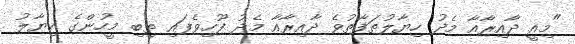
"މިއީ ދާއިރާއާ މެދު ހިޔާލުތަފާތުވެ ދާއިރާއާ މެދު ފޫހިވެފައި ތިބި މީހުންގެ ހިޔާލު